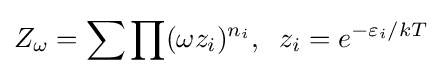
Z_{\omega }=\sum \prod (\omega z_{i})^{n_{i}},\;\;z_{i}=e^{-\varepsilon _{i}/kT}